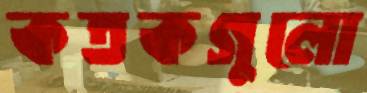
কতকগুলো